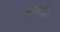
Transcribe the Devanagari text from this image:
ब्रडफोर्ड